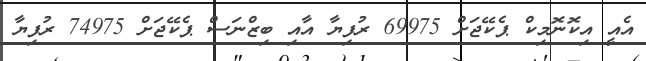
އެއީ އިކޮނޮމިކް ޕެކޭޖަށް 69975 ރުފިޔާ އާއި ބިޒްނަސް ޕެކޭޖަށް 74975 ރުފިޔާ